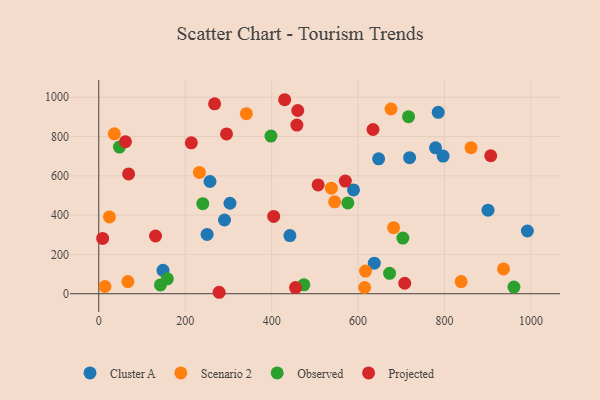
{"axis": {"x": "Distance", "y": "Salary"}, "legend": ["Cluster A", "Observed", "Projected", "Scenario 2"], "data": [{"x": "250.6", "y": 301.8, "type": "Cluster A"}, {"x": "303.6", "y": 460.5, "type": "Cluster A"}, {"x": "442.2", "y": 296.0, "type": "Cluster A"}, {"x": "589.4", "y": 528.4, "type": "Cluster A"}, {"x": "719.2", "y": 692.2, "type": "Cluster A"}, {"x": "779.2", "y": 742.5, "type": "Cluster A"}, {"x": "796.7", "y": 700.4, "type": "Cluster A"}, {"x": "637.5", "y": 155.5, "type": "Cluster A"}, {"x": "647.5", "y": 686.7, "type": "Cluster A"}, {"x": "785.4", "y": 923.2, "type": "Cluster A"}, {"x": "290.9", "y": 375.3, "type": "Cluster A"}, {"x": "991.7", "y": 319.2, "type": "Cluster A"}, {"x": "900.6", "y": 425.0, "type": "Cluster A"}, {"x": "257.3", "y": 571.2, "type": "Cluster A"}, {"x": "148.6", "y": 118.9, "type": "Cluster A"}, {"x": "538.1", "y": 537.3, "type": "Scenario 2"}, {"x": "861.3", "y": 743.1, "type": "Scenario 2"}, {"x": "232.8", "y": 617.3, "type": "Scenario 2"}, {"x": "67.3", "y": 61.9, "type": "Scenario 2"}, {"x": "617.1", "y": 115.1, "type": "Scenario 2"}, {"x": "341.5", "y": 916.2, "type": "Scenario 2"}, {"x": "682.1", "y": 336.4, "type": "Scenario 2"}, {"x": "14.3", "y": 36.9, "type": "Scenario 2"}, {"x": "35.9", "y": 813.6, "type": "Scenario 2"}, {"x": "24.7", "y": 390.8, "type": "Scenario 2"}, {"x": "676.2", "y": 940.0, "type": "Scenario 2"}, {"x": "545.7", "y": 467.5, "type": "Scenario 2"}, {"x": "936.5", "y": 126.3, "type": "Scenario 2"}, {"x": "838.5", "y": 61.7, "type": "Scenario 2"}, {"x": "615.2", "y": 31.8, "type": "Scenario 2"}, {"x": "398.4", "y": 802.4, "type": "Observed"}, {"x": "672.9", "y": 103.7, "type": "Observed"}, {"x": "142.7", "y": 44.7, "type": "Observed"}, {"x": "576.3", "y": 462.2, "type": "Observed"}, {"x": "960.6", "y": 33.8, "type": "Observed"}, {"x": "716.7", "y": 900.8, "type": "Observed"}, {"x": "158.6", "y": 76.1, "type": "Observed"}, {"x": "703.6", "y": 283.2, "type": "Observed"}, {"x": "47.8", "y": 746.3, "type": "Observed"}, {"x": "240.6", "y": 458.1, "type": "Observed"}, {"x": "474.6", "y": 45.3, "type": "Observed"}, {"x": "634.5", "y": 835.7, "type": "Projected"}, {"x": "61.7", "y": 773.4, "type": "Projected"}, {"x": "455.2", "y": 31.2, "type": "Projected"}, {"x": "295.6", "y": 813.3, "type": "Projected"}, {"x": "707.9", "y": 53.4, "type": "Projected"}, {"x": "214.1", "y": 767.9, "type": "Projected"}, {"x": "404.7", "y": 393.5, "type": "Projected"}, {"x": "69.0", "y": 609.8, "type": "Projected"}, {"x": "906.9", "y": 702.2, "type": "Projected"}, {"x": "8.9", "y": 281.3, "type": "Projected"}, {"x": "430.1", "y": 987.3, "type": "Projected"}, {"x": "131.3", "y": 293.8, "type": "Projected"}, {"x": "278.5", "y": 7.4, "type": "Projected"}, {"x": "570.5", "y": 573.5, "type": "Projected"}, {"x": "268.0", "y": 966.6, "type": "Projected"}, {"x": "507.5", "y": 553.5, "type": "Projected"}, {"x": "460.4", "y": 932.4, "type": "Projected"}, {"x": "458.4", "y": 858.5, "type": "Projected"}]}